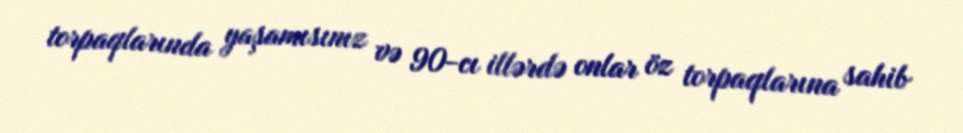
torpaqlarında yaşamısınız və 90-cı illərdə onlar öz torpaqlarına sahib